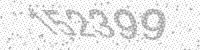
Solution: 152399